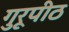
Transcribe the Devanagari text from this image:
गुरूपीठ